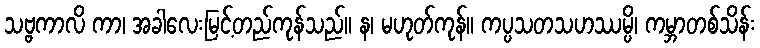
သဗ္ဗကာလိ ကာ၊ အခါလေးမြင့်တည်ကုန်သည်။ န၊ မဟုတ်ကုန်။ ကပ္ပသတသဟဿမ္ပိ၊ ကမ္ဘာတစ်သိန်း